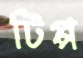
টিপ্প